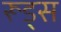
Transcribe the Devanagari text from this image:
रूड्स